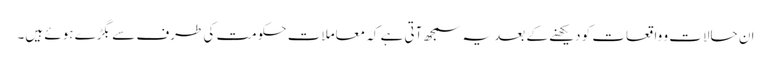
ان حالات و واقعات کو دیکھنے کے بعد یہ سمجھ آتی ہے کہ معاملات حکومت کی طرف سے بگڑے ہوئے ہیں۔